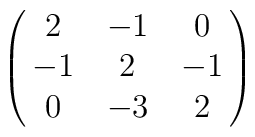
\left(\matrix{ 2 & -1 &  0 \cr               -1 &  2 & -1 \cr               0 & -3 &  2 }\right)